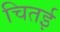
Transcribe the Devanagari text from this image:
चितई